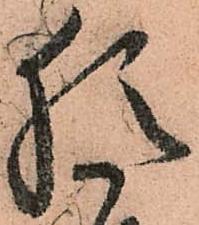
猶